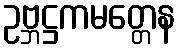
ဥဗ္ဘဋ္ဌကမတ္တေန